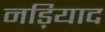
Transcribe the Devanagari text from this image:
नड़ियाद